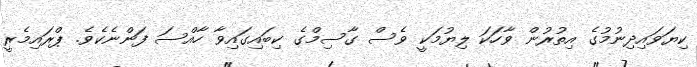
ކިޔަވައިދިނުމުގެ އިތުރުން ވާހަކަ ލިޔުމަކީ ވެސް ގާސިމްގެ ކިބަައިގައިވާ ހާއްސަ ފަންނެކެވެ. ޕްރައިމެރީ